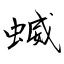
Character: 蝛